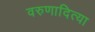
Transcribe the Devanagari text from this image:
वरुणादित्या